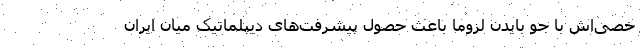
خصی‌اش با جو بایدن لزوما باعث حصول پیشرفت‌های دیپلماتیک میان ایران